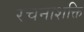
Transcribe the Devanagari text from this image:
रचनाशक्ति